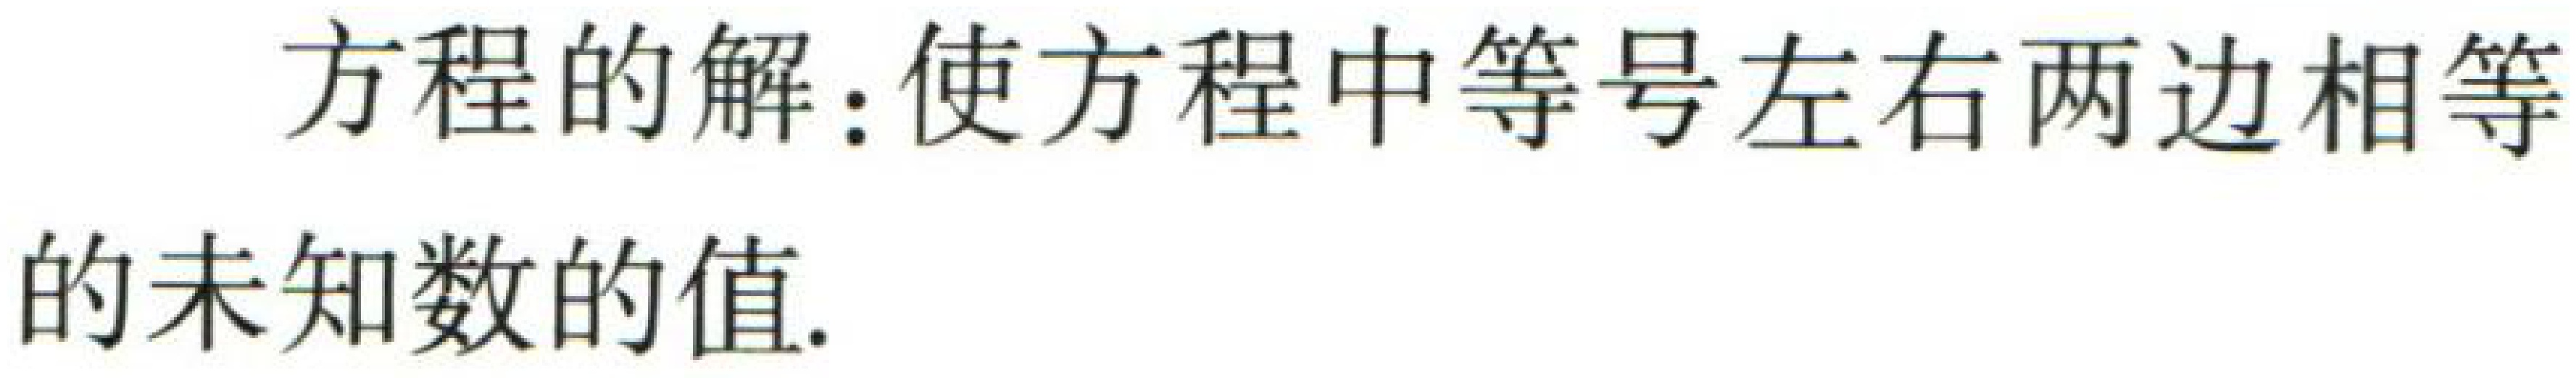
方程的解：使方程中等号左右两边相等的未知数的值.